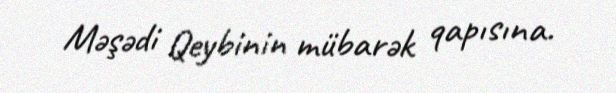
Məşədi Qeybinin mübarək qapısına.